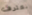
نعترف